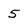
Character: 5